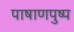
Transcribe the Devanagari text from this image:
पाषाणपुष्प